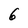
Character: 6